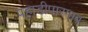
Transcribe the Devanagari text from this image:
पहाडीपारगाव